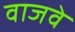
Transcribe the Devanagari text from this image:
वाजवे